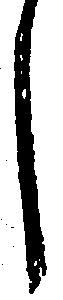
し